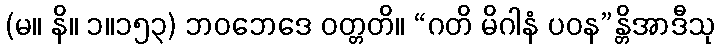
(မ။ နိ။ ၁။၁၅၃) ဘဝဘေဒေ ဝတ္တတိ။ “ဂတိ မိဂါနံ ပဝန”န္တိအာဒီသု